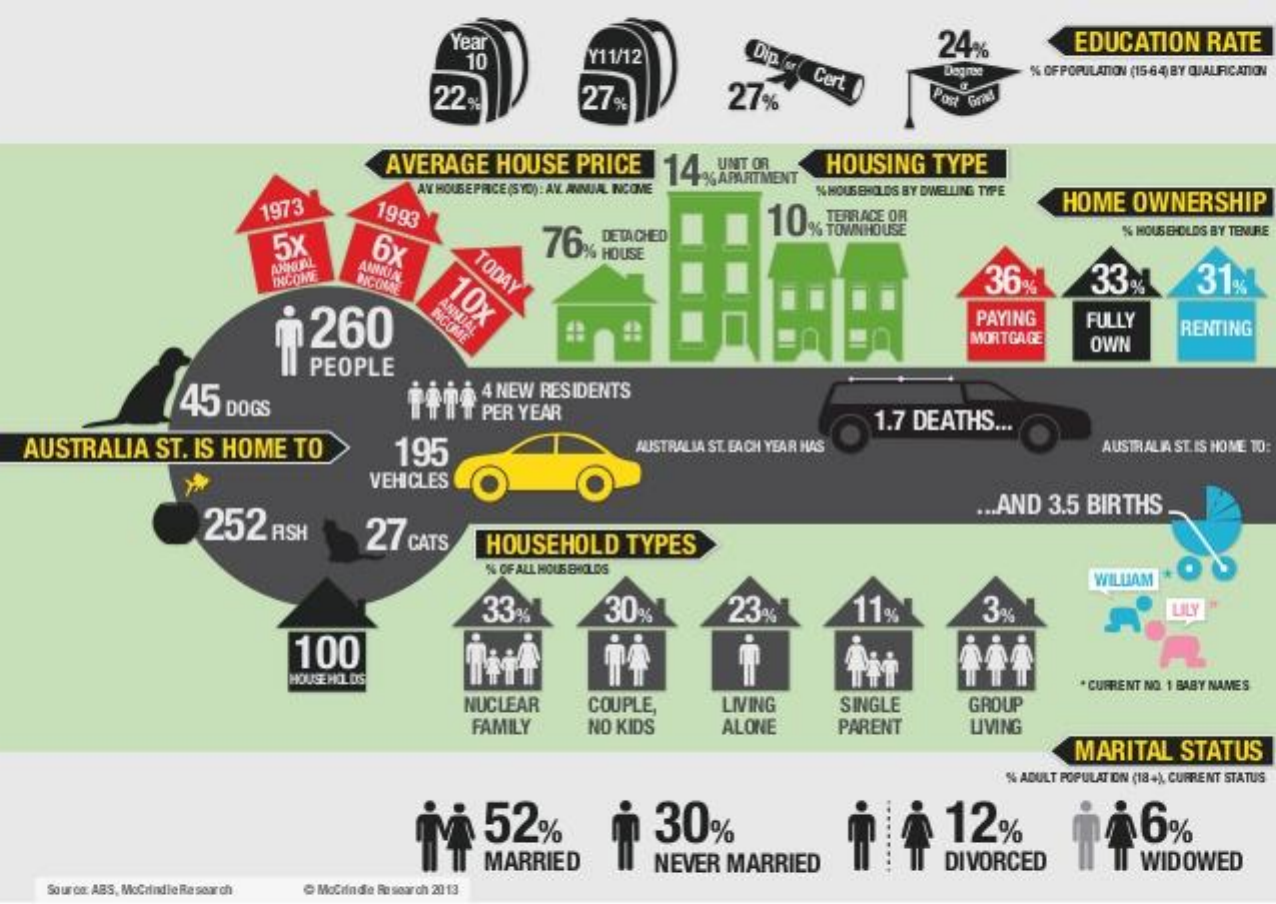
Year    24%
     10    Y11/12  Dip.
     Cert |
     EDUCATION RATE
     Degree % OF POPULATION (15-64) BY QUALIFICATION
     22:    27%    27%    Post Grad
     AVERAGE HOUSE PRICE 14 UNT OR HOUSING TYPE
     AV HOUSE PRICE (SYD) : AV. ANNUAL INCOME
     APARTMENT
     % HOUSEHOLDS BY DWELLING TYPE
     1973  1993    TERRACE OR
     HOME OWNERSHIP
     5x   6x    76
     10% TOWINHOUSE DETACHED % HOUSEHOLDS BY TENURE
     TODAY AXHUAL
     36    33%   31 INCOME NCOME
     10x
     260    ANNUAL INCOME    PAYING FULLY
     MORTGAGE OWN
     RENTING
     45 DOGS
     PEOPLE
     4 NEW RESIDENTS
     PER YEAR    1.7 DEATHS ...
  AUSTRALIA ST. IS HOME TO 195    AUSTRALIA ST. EACH YEAR HAS AUSTRALIA ST.IS HOME TO:
     VEHICLES
     252 ASH  27 CATS
     ... AND 3.5 BIRTHS
     HOUSEHOLD TYPES
     % OF ALL HOUSEHOLDS
     WILLIAM
     33%    30%   23%    11%    3%    LILY
     100
     HOUSEHOLDS    . CURRENT NO. 1 BABY NAMES
     NUCLEAR COUPLE, LIVING SINGLE GROUP
     FAMILY NO KIDS ALONE PARENT LIVING
     MARITAL STATUS
     % ADULT POPULATION (184), CURRENT STATUS
     30%    12%    CO 52%
     MARRIED  NEVER MARRIED   DIVORCED IT WIDOWED
   Source: ABS, MoCrindie Research @ MoCifn de Re soar ch 20 13